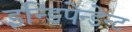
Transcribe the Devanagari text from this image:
इन्डिपेन्डेन्ट